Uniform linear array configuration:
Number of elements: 12
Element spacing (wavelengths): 1
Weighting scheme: hann
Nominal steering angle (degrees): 30
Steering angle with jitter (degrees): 31.216
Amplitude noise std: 0.05
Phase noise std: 0.05

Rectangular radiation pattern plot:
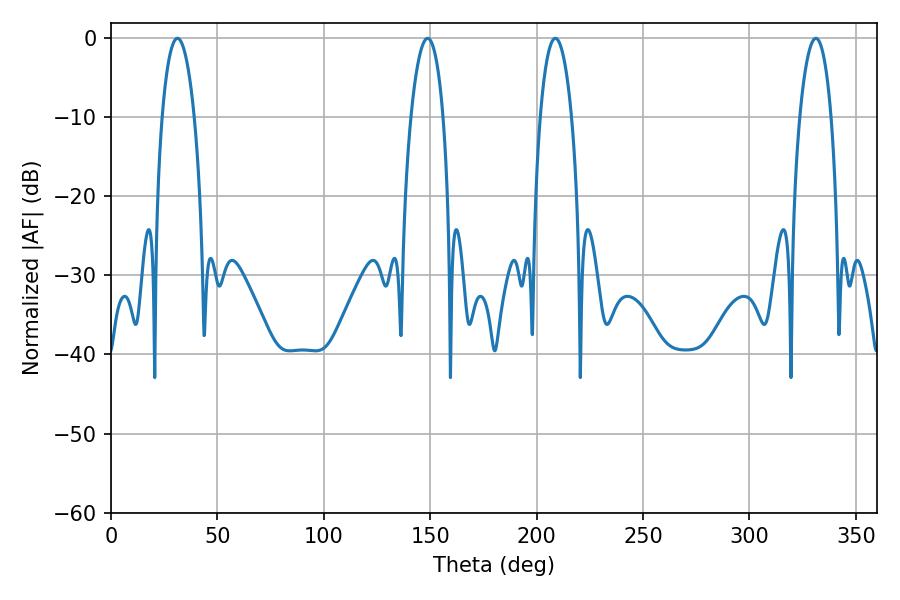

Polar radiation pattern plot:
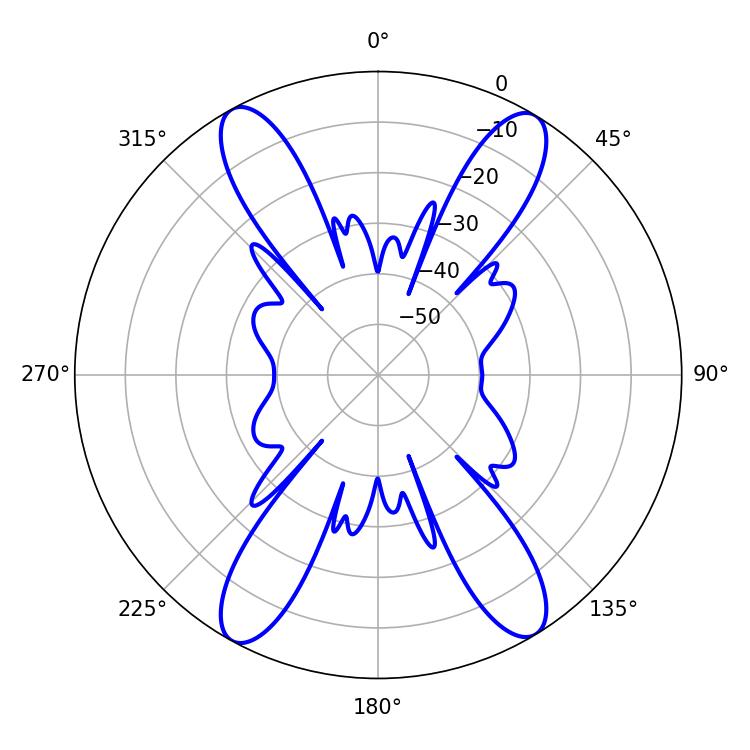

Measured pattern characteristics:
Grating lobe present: TRUE
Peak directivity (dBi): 21.058
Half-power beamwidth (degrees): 8.28
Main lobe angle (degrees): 208.8